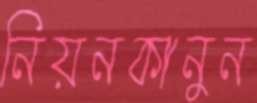
নিয়নকানুন